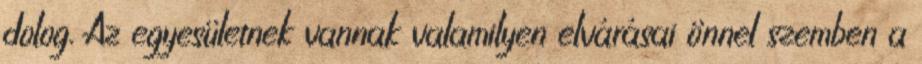
dolog. Az egyesületnek vannak valamilyen elvárásai önnel szemben a